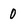
Character: 0